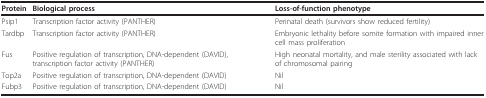
<table><thead><tr><td><b>Protein</b></td><td><b>Biological process</b></td><td><b>Loss-of-function phenotype</b></td></tr></thead><tbody><tr><td>Psip1</td><td>Transcription factor activity (PANTHER)</td><td>Perinatal death (survivors show reduced fertility)</td></tr><tr><td>Tardbp</td><td>Transcription factor activity (PANTHER)</td><td>Embryonic lethality before somite formation with impaired inner cell mass proliferation</td></tr><tr><td>Fus</td><td>Positive regulation of transcription, DNA-dependent (DAVID), transcription factor activity (PANTHER)</td><td>High neonatal mortality, and male sterility associated with lack of chromosomal pairing</td></tr><tr><td>Top2a</td><td>Positive regulation of transcription, DNA-dependent (DAVID)</td><td>Nil</td></tr><tr><td>Fubp3</td><td>Positive regulation of transcription, DNA-dependent (DAVID)</td><td>Nil</td></tr></tbody></table>